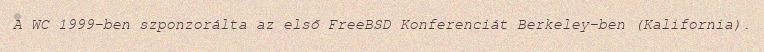
A WC 1999-ben szponzorálta az első FreeBSD Konferenciát Berkeley-ben (Kalifornia).